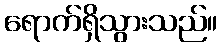
ရောက်ရှိသွားသည်။